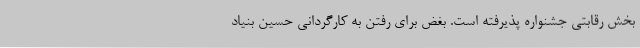
بخش رقابتی جشنواره پذیرفته است. بغض برای رفتن به کارگردانی حسین بنیاد